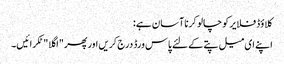
کلاؤڈ فلایر کو چالو کرنا آسان ہے:
اپنے ای میل پتے کے لئے پاس ورڈ درج کریں اور پھر "اگلا" ٹکرائیں۔